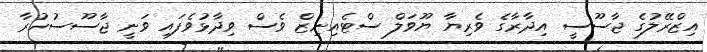
އިޒްރޭލުގެ ޖާސޫސީ އިދާރާގެ ވެރިޔާ ޔޫވަލް ސްޓެއިނިޒް ވެސް ވިދާޅުވެފައި ވަނީ ޖާސޫސުކުރާ